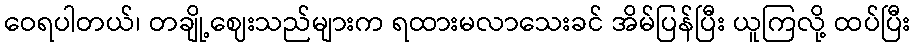
ဝေရပါတယ်၊ တချို့ဈေးသည်များက ရထားမလာသေးခင် အိမ်ပြန်ပြီး ယူကြလို့ ထပ်ပြီး